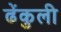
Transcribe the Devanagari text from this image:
ढेंकुली